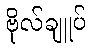
ဗိုလ်ချူပ်